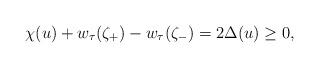
LaTeX: \begin{align*}\chi(u) + w_\tau(\zeta_+) - w_\tau(\zeta_-) = 2\Delta(u) \ge 0,\end{align*}